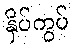
နှိပ်ကွပ်